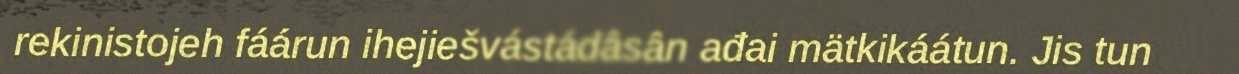
rekinistojeh fáárun ihejiešvástádâsân ađai mätkikáátun. Jis tun